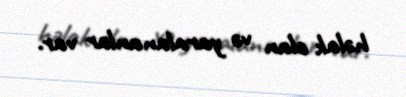
həlak olan və yaralananlar var.